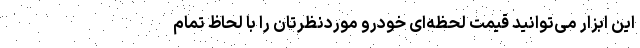
این ابزار می‌توانید قیمت لحظه‌ای خودرو موردنظرتان را با لحاظ تمام